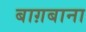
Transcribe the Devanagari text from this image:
बाग़बाना